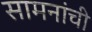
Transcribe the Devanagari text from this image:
सामनांची